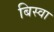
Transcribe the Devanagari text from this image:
बिस्‍वा